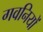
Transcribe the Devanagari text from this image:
गवनियों